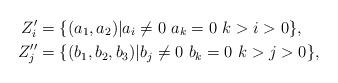
LaTeX: \begin{align*}Z'_i&=\{(a_1,a_2)|a_i\ne 0\,\,a_k=0\,\,k>i>0\},\\Z''_j&=\{(b_1,b_2,b_3)|b_j\ne 0\,\,b_k=0\,\,k>j>0\},\end{align*}